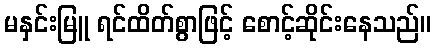
မနှင်းမြူ ရင်ထိတ်စွာဖြင့် စောင့်ဆိုင်းနေသည်။